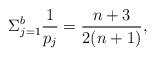
LaTeX: \begin{align*}\Sigma_{j=1}^{b} \frac{1}{p_j} = \frac{n+3}{2(n+1)},\end{align*}